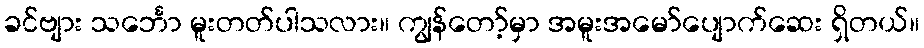
ခင်ဗျား သင်္ဘော မူးတတ်ပါသလား။ ကျွန်တော့်မှာ အမူးအမော်ပျောက်ဆေး ရှိတယ်။